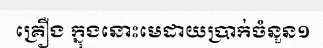
គ្រឿង ក្នុងនោះមេដាយប្រាក់ចំនួន១